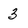
Character: 3